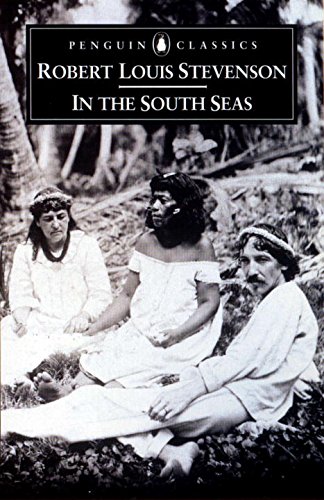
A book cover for In the South Seas (Penguin Classics); Robert Louis Stevenson; Travel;